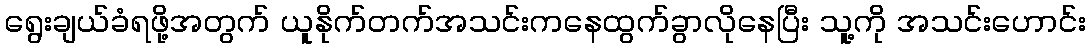
ရွေးချယ်ခံရဖို့အတွက် ယူနိုက်တက်အသင်းကနေထွက်ခွာလိုနေပြီး သူ့ကို အသင်းဟောင်း